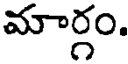
మార్గం.